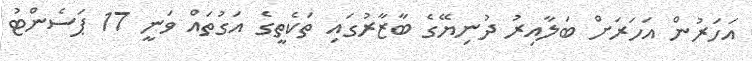
އަހަރުން އަހަރަށް ބަލާއިރު ދުނިޔޭގެ ބާޒާރުގައި ތަކެތީގެ އަގުތައް ވަނީ 17 ޕަސެންޓު